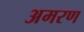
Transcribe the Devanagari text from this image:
अमरण